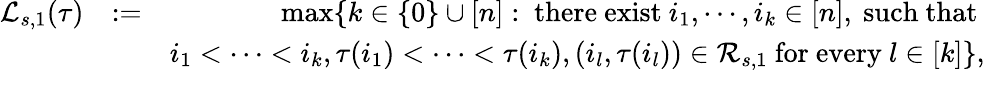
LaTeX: \begin{array}{rlr}{\mathcal{L}_{s,1}(\tau)}&{:=}&{\operatorname*{max}\{ k\in\{ 0\} \cup[n]:\mathrm{~there~exist~}i_{1},\cdots,i_{k}\in[n],\mathrm{~such~that~}}\\ &{}&{i_{1}<\cdots<i_{k},\tau(i_{1})<\cdots<\tau(i_{k}),(i_{l},\tau(i_{l}))\in\mathcal{R}_{s,1}\mathrm{~for~every~}l\in[k]\} ,}\\ &{}&\end{array}